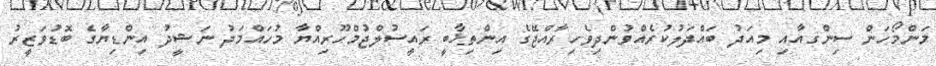
މަންމޯހަން ސިންގއާއި މިއަދު ބައްދަލުކުރެއްވުންދިވެހިރާއްޖޭގެ އިންތިޚާބީ ރައީސުލްޖުމްހޫރިއްޔާ މުހައްމަދު ނަޝީދު އިންޑިޔާގެ ބޮޑުވަޒީރު